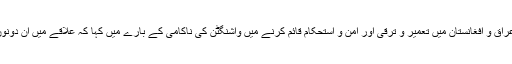
امریکہ کی دہشتگرد فوج کی سینٹرل کمانڈ کے سربراہ نے عراق و افغانستان میں تعمیر و ترقی اور امن و استحکام قائم کرنے میں واشنگٹن کی ناکامی کے بارے میں کہا کہ علاقے میں ان دونوں اہداف کے حصول کے لئے ممالک کا تعاون ضروری ہے۔